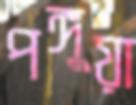
পঙ্গুয়া